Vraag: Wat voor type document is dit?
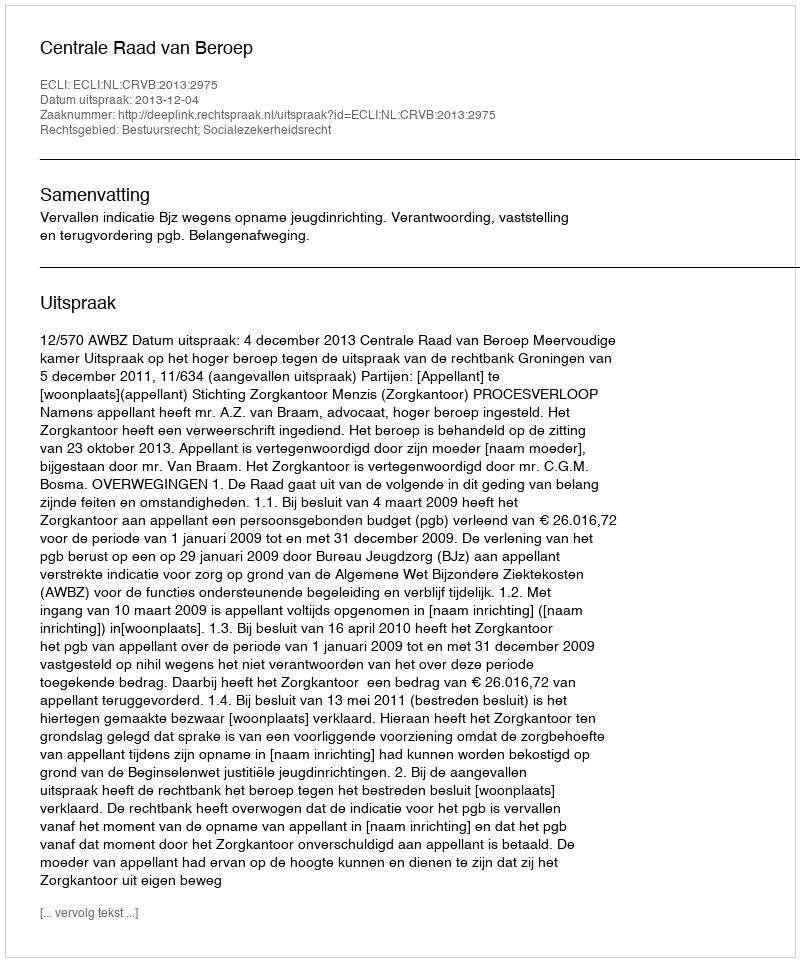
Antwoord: Uitspraak